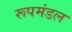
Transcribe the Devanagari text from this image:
रूपमंडल